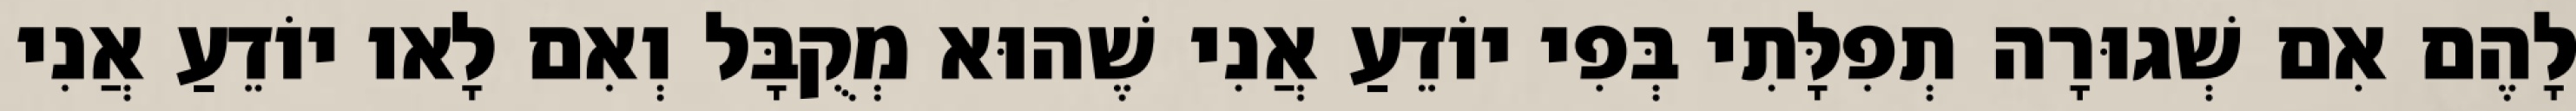
לָהֶם אִם שְׁגוּרָה תְפִלָּתִי בְּפִי יוֹדֵעַ אֲנִי שֶׁהוּא מְקֻבָּל וְאִם לָאו יוֹדֵעַ אֲנִי